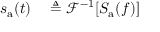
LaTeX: \begin{array} { r l } { s _ { \mathrm { a } } ( t ) } & { { } \triangleq { \mathcal { F } } ^ { - 1 } [ S _ { \mathrm { a } } ( f ) ] } \end{array}